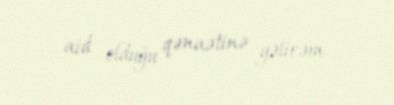
aid olduğu qənaətinə gəlirəm.